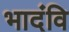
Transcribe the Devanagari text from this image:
भादंवि